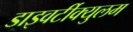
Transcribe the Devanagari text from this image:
डाइवर्टीक्युलम